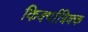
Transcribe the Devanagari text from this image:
किर्क्पात्रिक्क